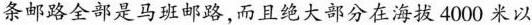
条邮路全部是马班邮路，而且绝大部分在海拔4000米以